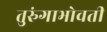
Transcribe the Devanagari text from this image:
तुरुंगाभोवती